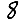
Digit: 8